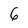
Character: 6